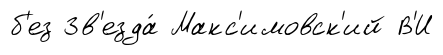
б'ез Зв'езда́ Макс'имовск'ий В'И